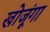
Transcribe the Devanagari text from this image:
खोजूंगा